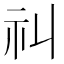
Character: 𥘊